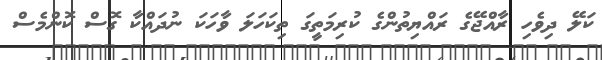
ކަލޭ ދިވެހި ރާއްޖޭގެ ރައްޔިތުންގެ ކުރިމަތީގަ ތިކަހަލަ ވާހަކަ ނުދައްކާ ގޮސް ކޮންމެސް